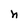
Character: n